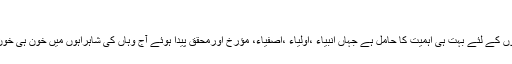
یا حسرتاہ
ملک شام جو تاریخی اعتبار سے اسلام اور مسلمانوں کے لئے بہت ہی اہمیت کا حامل ہے جہاں انبیاء ،اولیاء ،اصفیاء، مؤرخ اورمحقق پیدا ہوئے آج وہاں کی شاہراہوں میں خون ہی خون ہے ،زمیں لہو لہو ہے ،آسمان دھواں دھواں ہے ۔